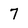
Character: 7